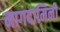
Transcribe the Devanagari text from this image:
नागदामिनी